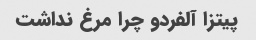
پیتزا آلفردو چرا مرغ نداشت